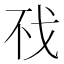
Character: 𰒤